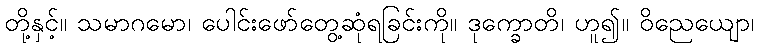
တို့နှင့်။ သမာဂမော၊ ပေါင်းဖော်တွေ့ဆုံရခြင်းကို။ ဒုက္ခောတိ၊ ဟူ၍။ ဝိညေယျော၊